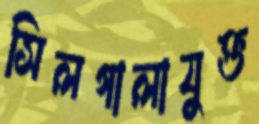
সিলগালাযুক্ত